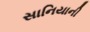
સાનિયાની